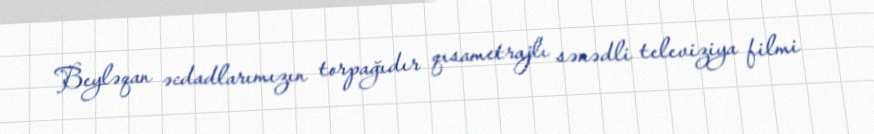
Beyləqan əcdadlarımızın torpağıdır qısametrajlı sənədli televiziya filmi